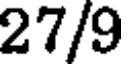
27/9